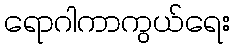
ရောဂါကာကွယ်ရေး